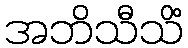
အဘိသီသိံ